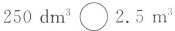
$$250 dm^{3} \bigcirc 2.5 m^{3}$$